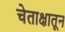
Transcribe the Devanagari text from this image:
चेताक्षातून